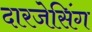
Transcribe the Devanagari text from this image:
दारजेसिंग